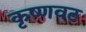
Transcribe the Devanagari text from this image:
कृष्णवट